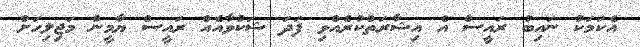
އެކަމަކު ނައިބު ރައީސް އެ އިޝާރަތްކުރެއްވި ފަދަ ޝަކުވާއެއް ރައީސް ޔާމީން މަޖިލިހަށް